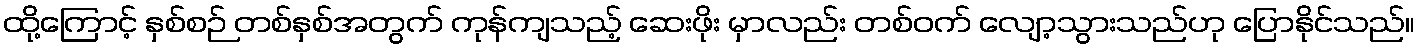
ထို့ကြောင့် နှစ်စဉ် တစ်နှစ်အတွက် ကုန်ကျသည့် ဆေးဖိုး မှာလည်း တစ်ဝက် လျော့သွားသည်ဟု ပြောနိုင်သည်။